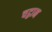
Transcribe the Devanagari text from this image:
चट्ठान